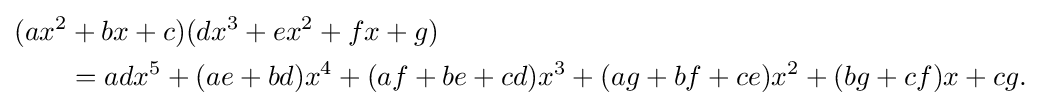
{\begin{aligned}(ax^{2}&+bx+c)(dx^{3}+ex^{2}+fx+g)\\&=adx^{5}+(ae+bd)x^{4}+(af+be+cd)x^{3}+(ag+bf+ce)x^{2}+(bg+cf)x+cg.\end{aligned}}